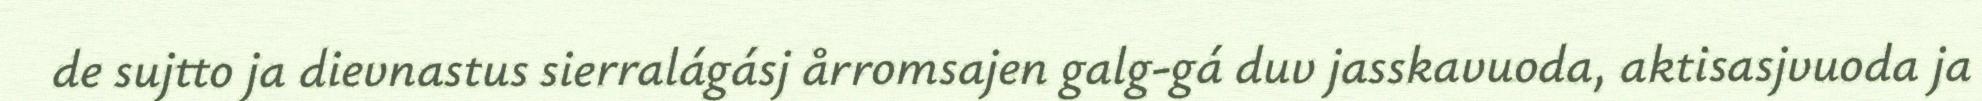
de sujtto ja dievnastus sierralágásj årromsajen galg-gá duv jasskavuoda, aktisasjvuoda ja